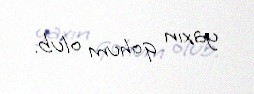
yaxın qohum olub.